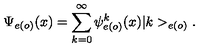
\Psi _ { e ( o ) } ( x ) = \sum _ { k = 0 } ^ { \infty } \psi _ { e ( o ) } ^ { k } ( x ) | k > _ { e ( o ) } .